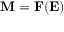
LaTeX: \mathbf { M } = \mathbf { F } ( \mathbf { E } )